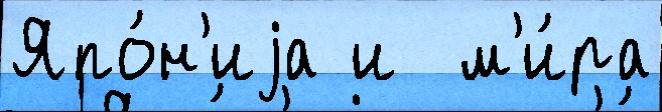
Япо́н'иjа и  м'и́ра